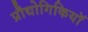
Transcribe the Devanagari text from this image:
प्रौद्योगिकियॉ